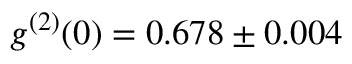
g ^ { ( 2 ) } ( 0 ) = 0 . 6 7 8 \pm 0 . 0 0 4